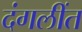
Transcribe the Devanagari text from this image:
दंगलींत